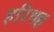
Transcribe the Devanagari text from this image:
हरिथह